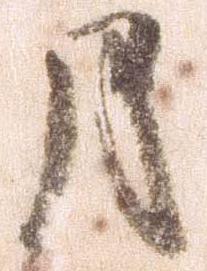
月